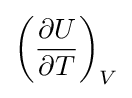
\left({\frac {\partial U}{\partial T}}\right)_{V}